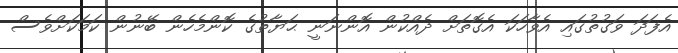
އެފަދަ ވަގުތުގައި އެވާހަކަ އެގޮތަށް ދެއްކުން އޮންނަނީ ޙަޔާތުގެ ކޮންމެހެން ބޭނުން ކަމަކަށްވެސް